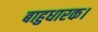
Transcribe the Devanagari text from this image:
बाहुधारक।